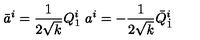
\bar { a } ^ { i } = { \frac { 1 } { 2 \sqrt { k } } } Q _ { 1 } ^ { i } \ a ^ { i } = - { \frac { 1 } { 2 \sqrt { k } } } \bar { Q } _ { \dot { 1 } } ^ { i }